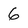
Character: 6